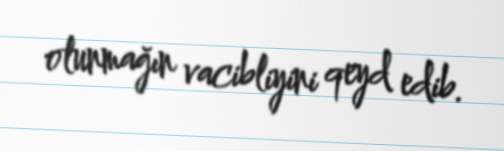
olunmağın vacibliyini qeyd edib.